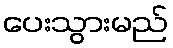
ပေးသွားမည်